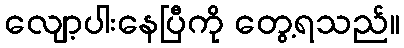
လျော့ပါးနေပြီကို တွေ့ရသည်။